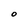
Character: O